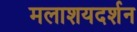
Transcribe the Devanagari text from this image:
मलाशयदर्शन